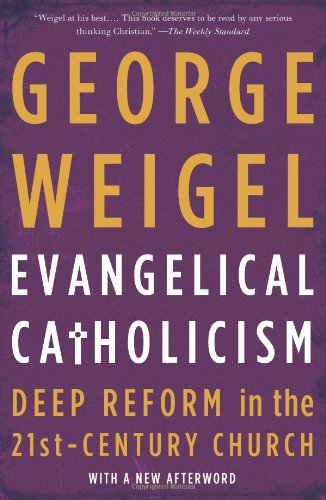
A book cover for Evangelical Catholicism: Deep Reform in the 21st-Century Church; George Weigel; Christian Books & Bibles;